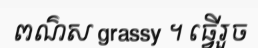
ពណ៌ស grassy ។ ធ្វើរួច